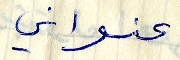
عنواني